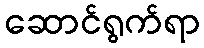
ဆောင်ရွက်ရာ